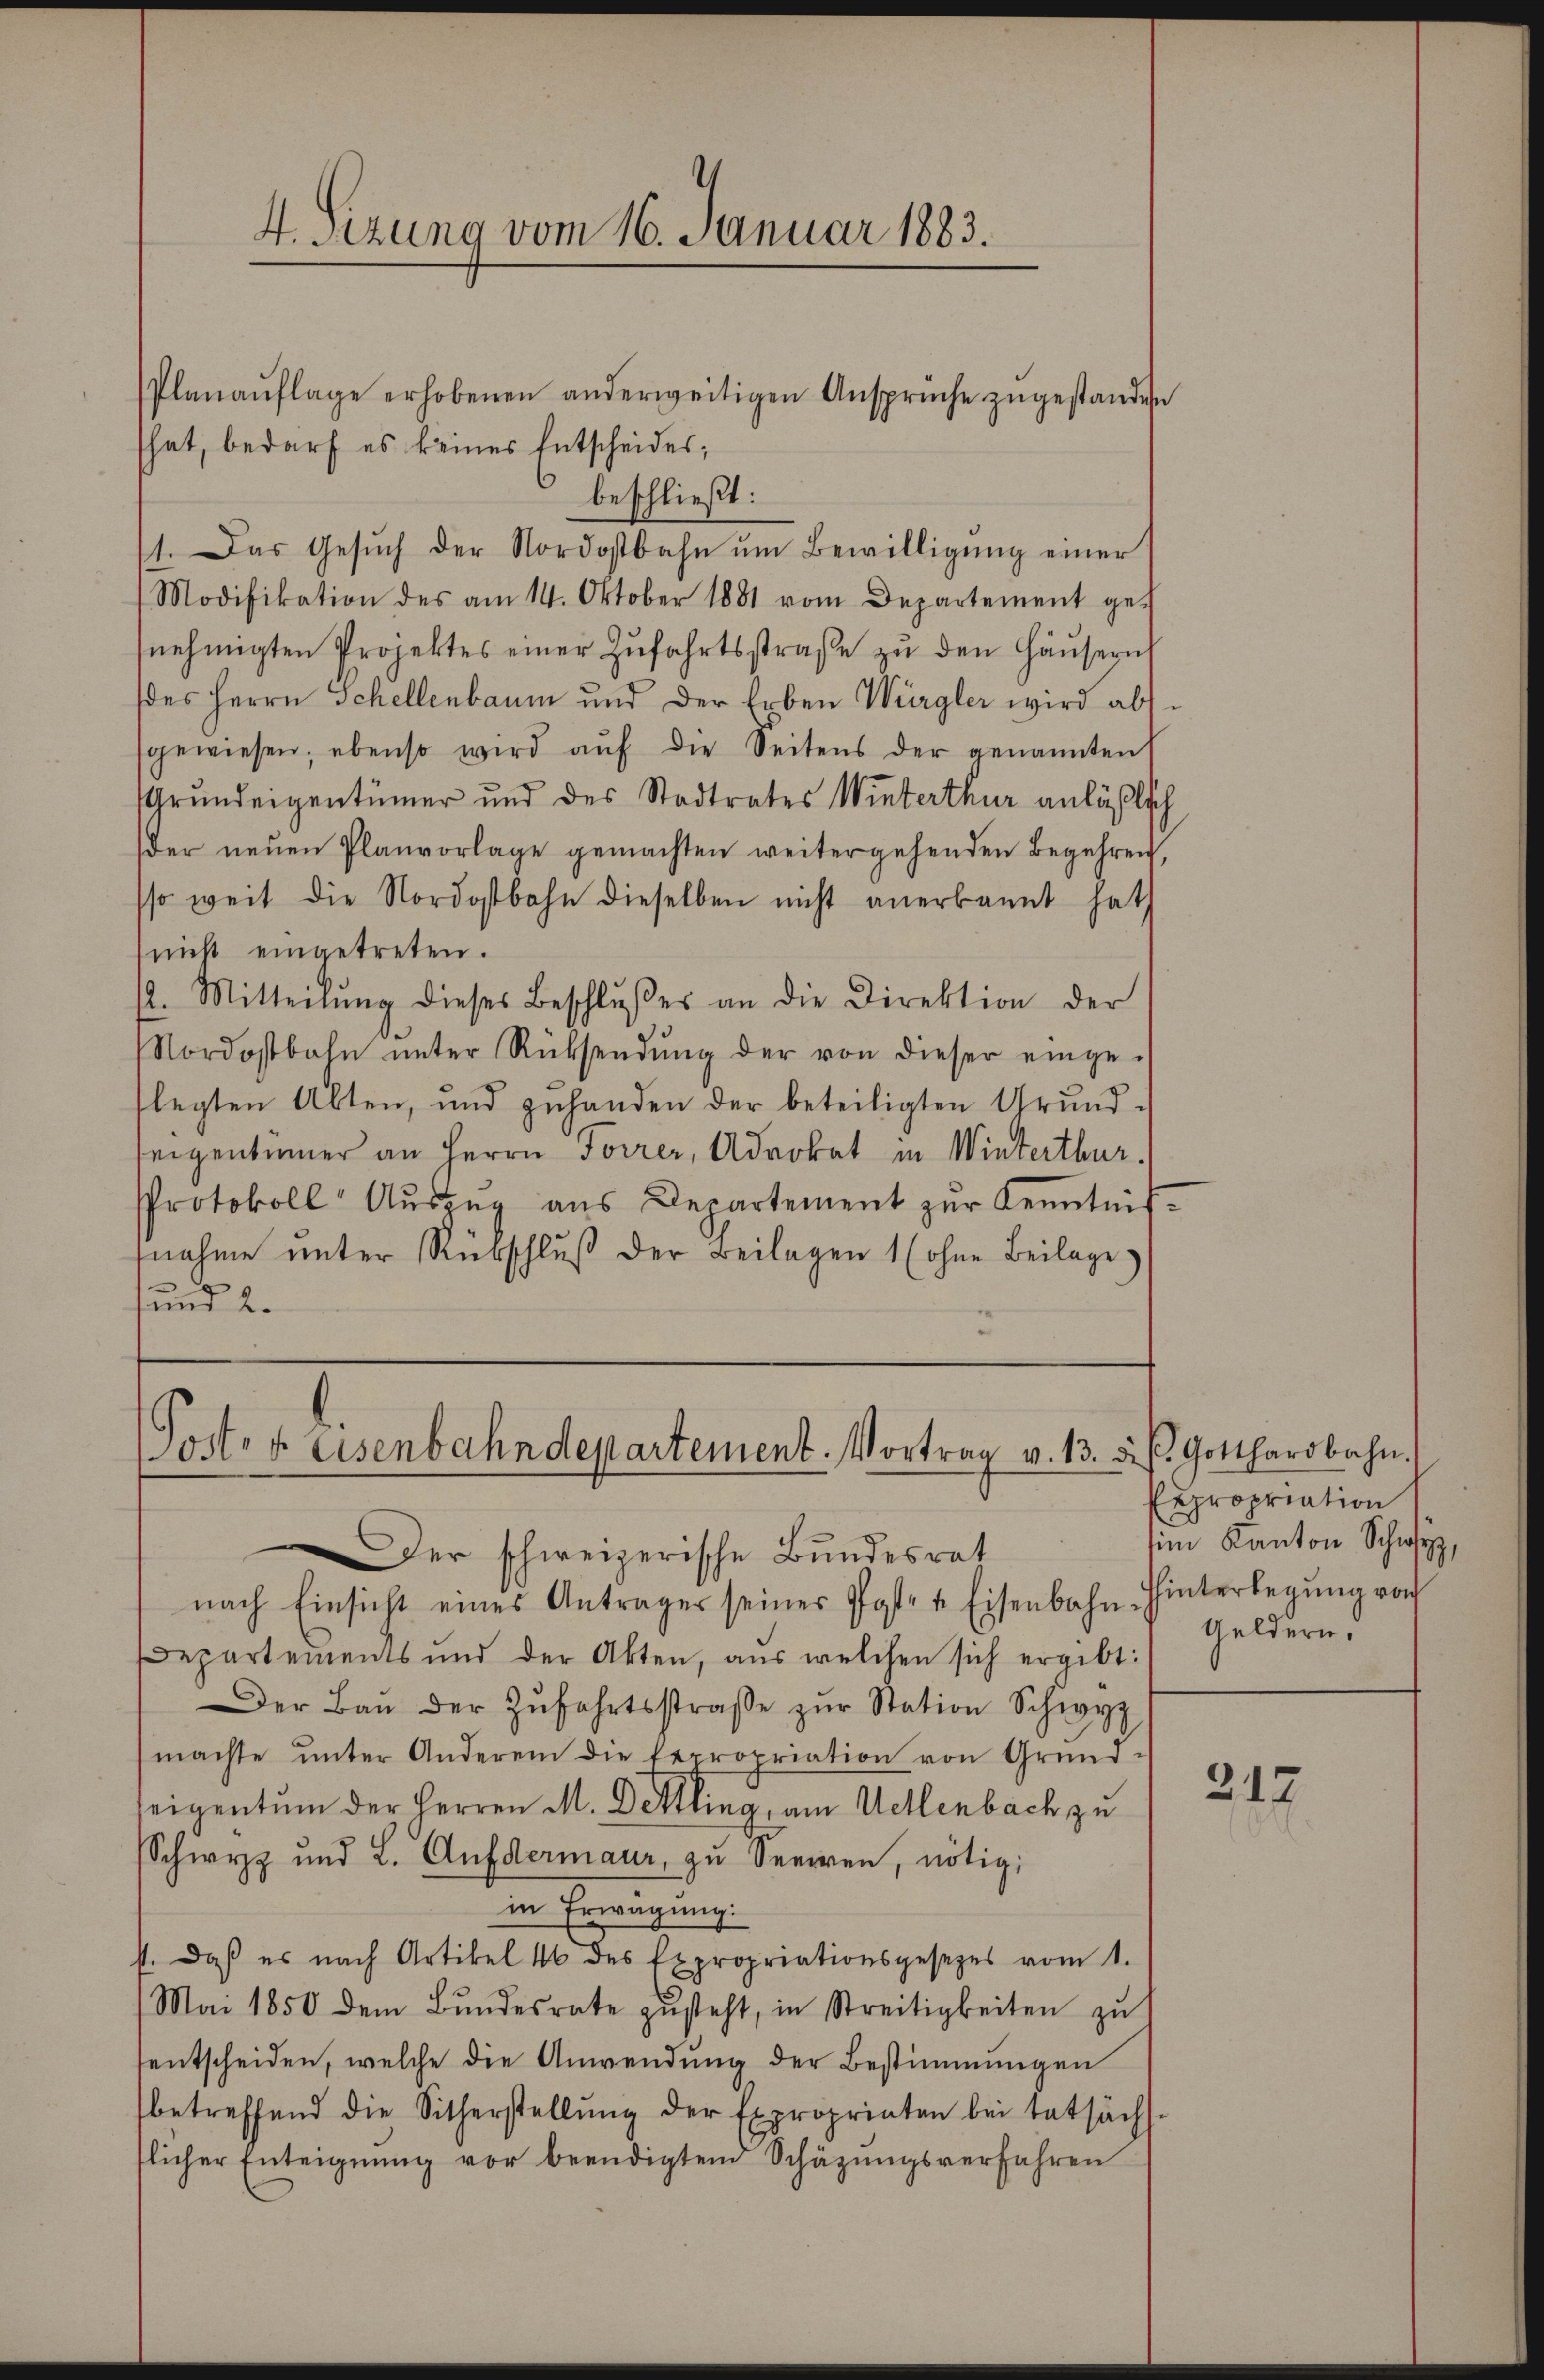
Planaŭflage erhobenen anderweitigen Ansprüche zŭgestanden
hat, bedarf es keines Entscheides;
beschließt:
11. Das Gesŭch der Nordostbahn ŭm Bewilligŭng einer
Modifikation des am 14. Oktober 1881 vom Departement ge-
snehmigten Projektes einer Zŭfahrtsstraβe zŭ den Häŭsern
(des Herrn Schellenbaum und der Erben Würgler wird abssgewiesen; ebenso wird aŭf die Seitens der genannten
Grundeigentümer und des Stadtrates Winterthur anläßlich
der neŭen Planvorlage gemachten weitergehenden Begehren,
sso weit die Nordostbahn dieselben nicht anerkannt hat
nicht eingetreten.
/2. Mitteilŭng dieses Beschlŭβes an die Direktion der
Nordostbahn ŭnter Rücksendŭng der von dieser eingeflegten Akten, und zŭhanden der beteiligten Grŭnd-
reigentümer an Herrn Forrer, Advokat in Winterthur.
Protokoll Aŭszŭg aŭs Departement zŭr Kenntnis-
fnahme ŭnter Rükschlŭβ der Beilagen 1 (ohne Beilage
und 2.

4. Sizung vom 16. Januar 1883.

nach Einsicht eines Anträger seiner Poste u. Eisenbahn-Hinterlegŭng von
Departements und der Akten, aus welchen sich ergibt:
Der Baŭ der Zŭfahrtsstraβe zŭr Station Schwyz
machte ŭnter Anderem die Expropriation von Grund-
seigentum der Herren M. Bettling, am Wellenbach zu
Schwyz und L. Auf dermaur, zu Seeiren, nötig,
in Erwägung.
st. Daß es nach Artikel 46 des Expropriationsgesetzes vom 1.
Mai 1850 dem Bŭndesrate zŭsteht, in Streitigkeiten zu
sentscheiden, welche die Anwendung der Bestimmungen
betreffend die Sitherstellŭng der Expropriaten bei tatsächs.
flicher Enteignung vor beendigtem Schäzŭngsverfahren

Poster Eisenbahndepartement. Vortrag v. 13. 5. s. Gotthardbahn.
er schweizerische Bundesrat

Expropriation
sim Kanton Schwyz,
Geldern,

317